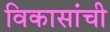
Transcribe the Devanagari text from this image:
विकासांची